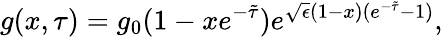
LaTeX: g(x,\tau)=g_{0}(1-xe^{-\tilde{\tau}})e^{\sqrt{\epsilon}(1-x)(e^{-\tilde{\tau}}-1)},